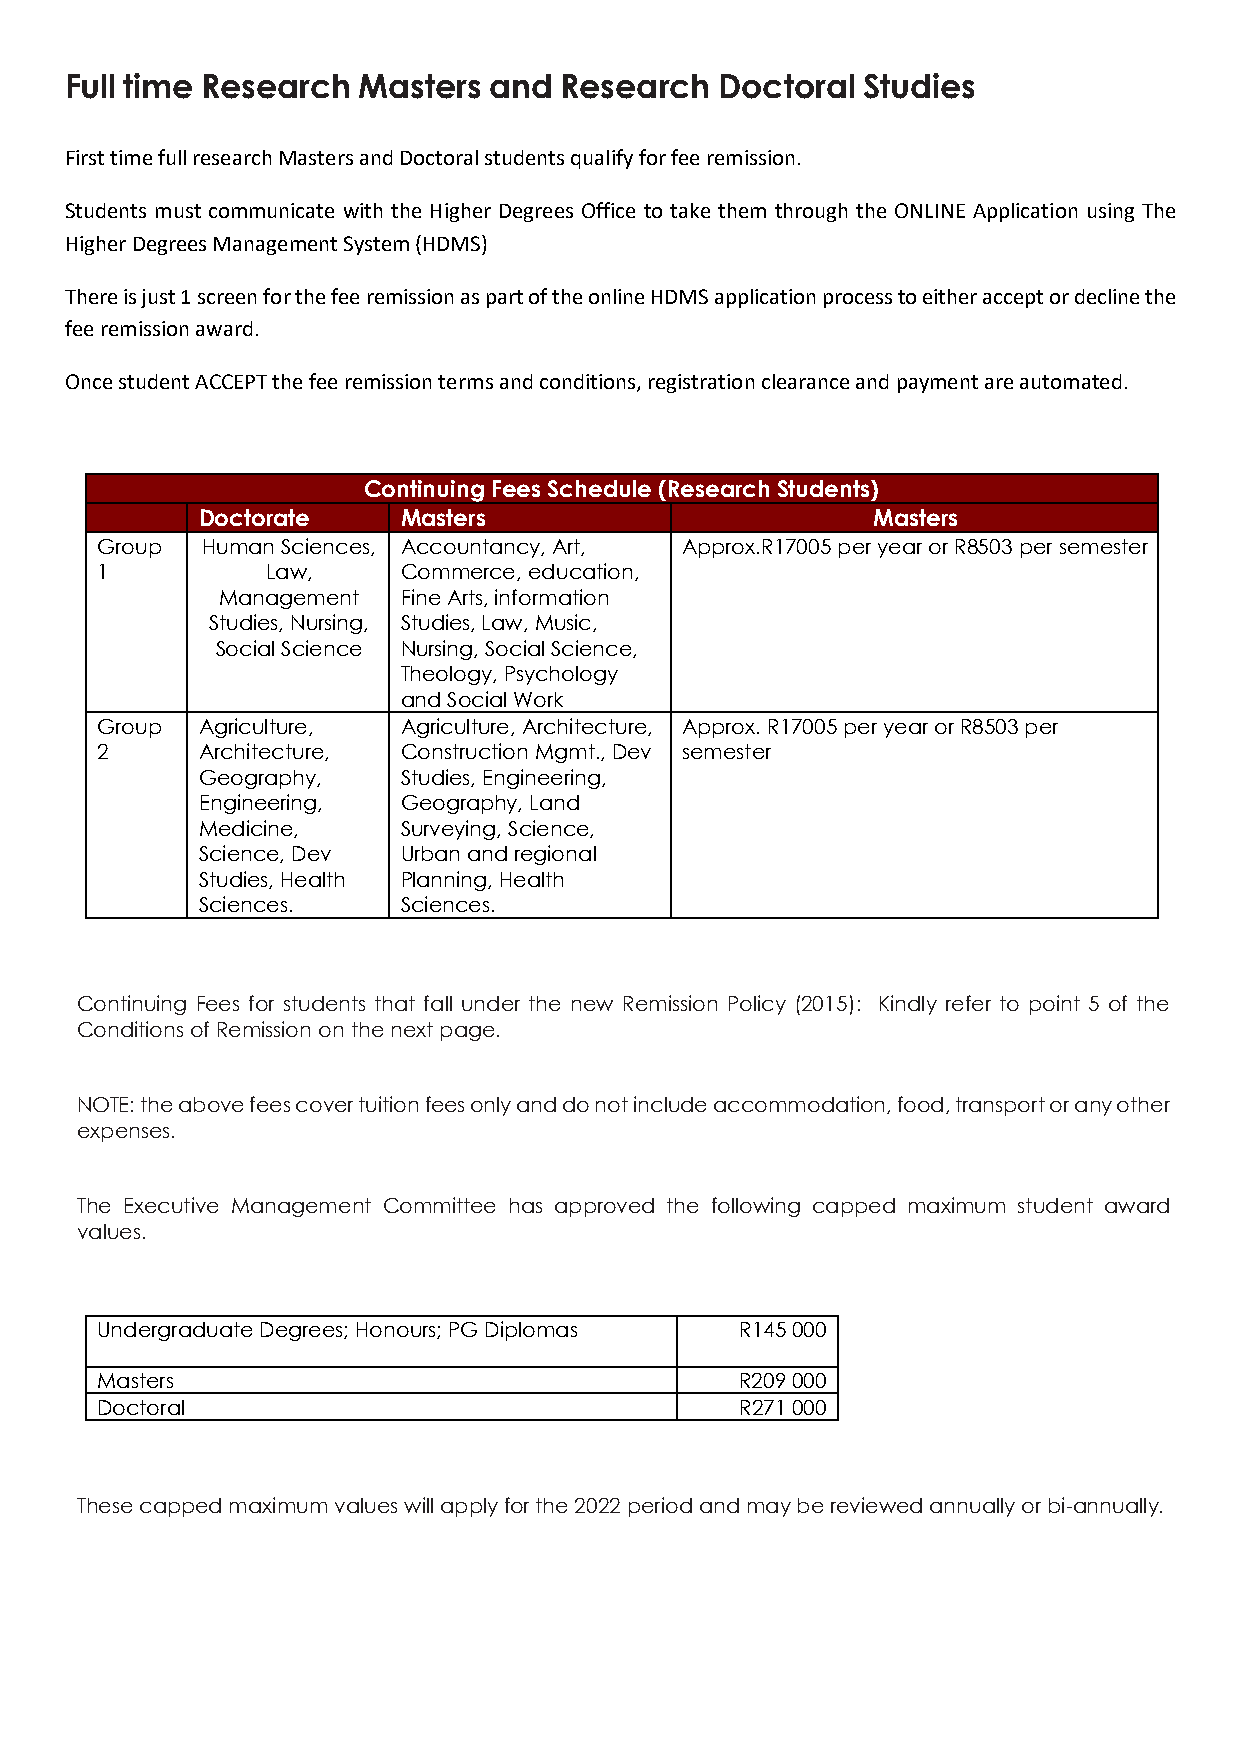
Full time Research  Masters and  Research  Doctoral  Studies
 First time full research Masters and Doctoral students qualify for fee remission.
 Students must communicate with the Higher Degrees Office to take them through the ONLINE Application using The
 Higher Degrees Management System (HDMS)
 There is just 1 screen for the fee remission as part of the online HDMS application process to either accept or decline the
 fee remission award.
 Once student ACCEPT the fee remission terms and conditions, registration clearance and payment are automated.
 Continuing Fees Schedule (Research Students)
 Doctorate     Masters                        Masters
 Group  Human Sciences, Accountancy, Art, Approx.R17005 per year or R8503 per semester
 1           Law,     Commerce, education,
 Management   Fine Arts, information
 Studies, Nursing, Studies, Law, Music,
 Social Science Nursing, Social Science,
 Theology, Psychology
 and Social Work
 Group  Agriculture,  Agriculture, Architecture, Approx. R17005 per year or R8503 per
 2      Architecture, Construction Mgmt., Dev semester
 Geography,    Studies, Engineering,
 Engineering,  Geography, Land
 Medicine,     Surveying, Science,
 Science, Dev  Urban and regional
 Studies, Health Planning, Health
 Sciences.     Sciences.
 Continuing Fees for students that fall under the new Remission Policy (2015): Kindly refer to point 5 of the
 Conditions of Remission on the next page.
 NOTE: the above fees cover tuition fees only and do not include accommodation, food, transport or any other
 expenses.
 The Executive Management Committee has approved the following capped maximum student award
 values.
 Undergraduate Degrees; Honours; PG Diplomas R145 000
 Masters                                    R209 000
 Doctoral                                   R271 000
 These capped maximum values will apply for the 2022 period and may be reviewed annually or bi-annually.